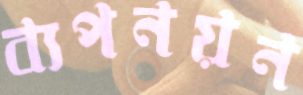
ব্যপনয়ন